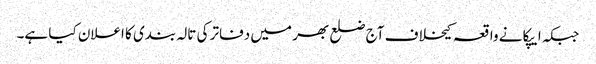
جبکہ ایپکا نے واقعہ کیخلاف آج ضلع بھر میں دفاتر کی تالہ بندی کا اعلان کیا ہے۔